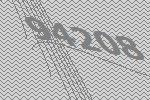
94208